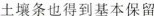
土壤条也得到基本保留